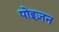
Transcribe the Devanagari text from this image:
पोइज़न